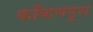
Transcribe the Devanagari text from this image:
कोंकणपुरा